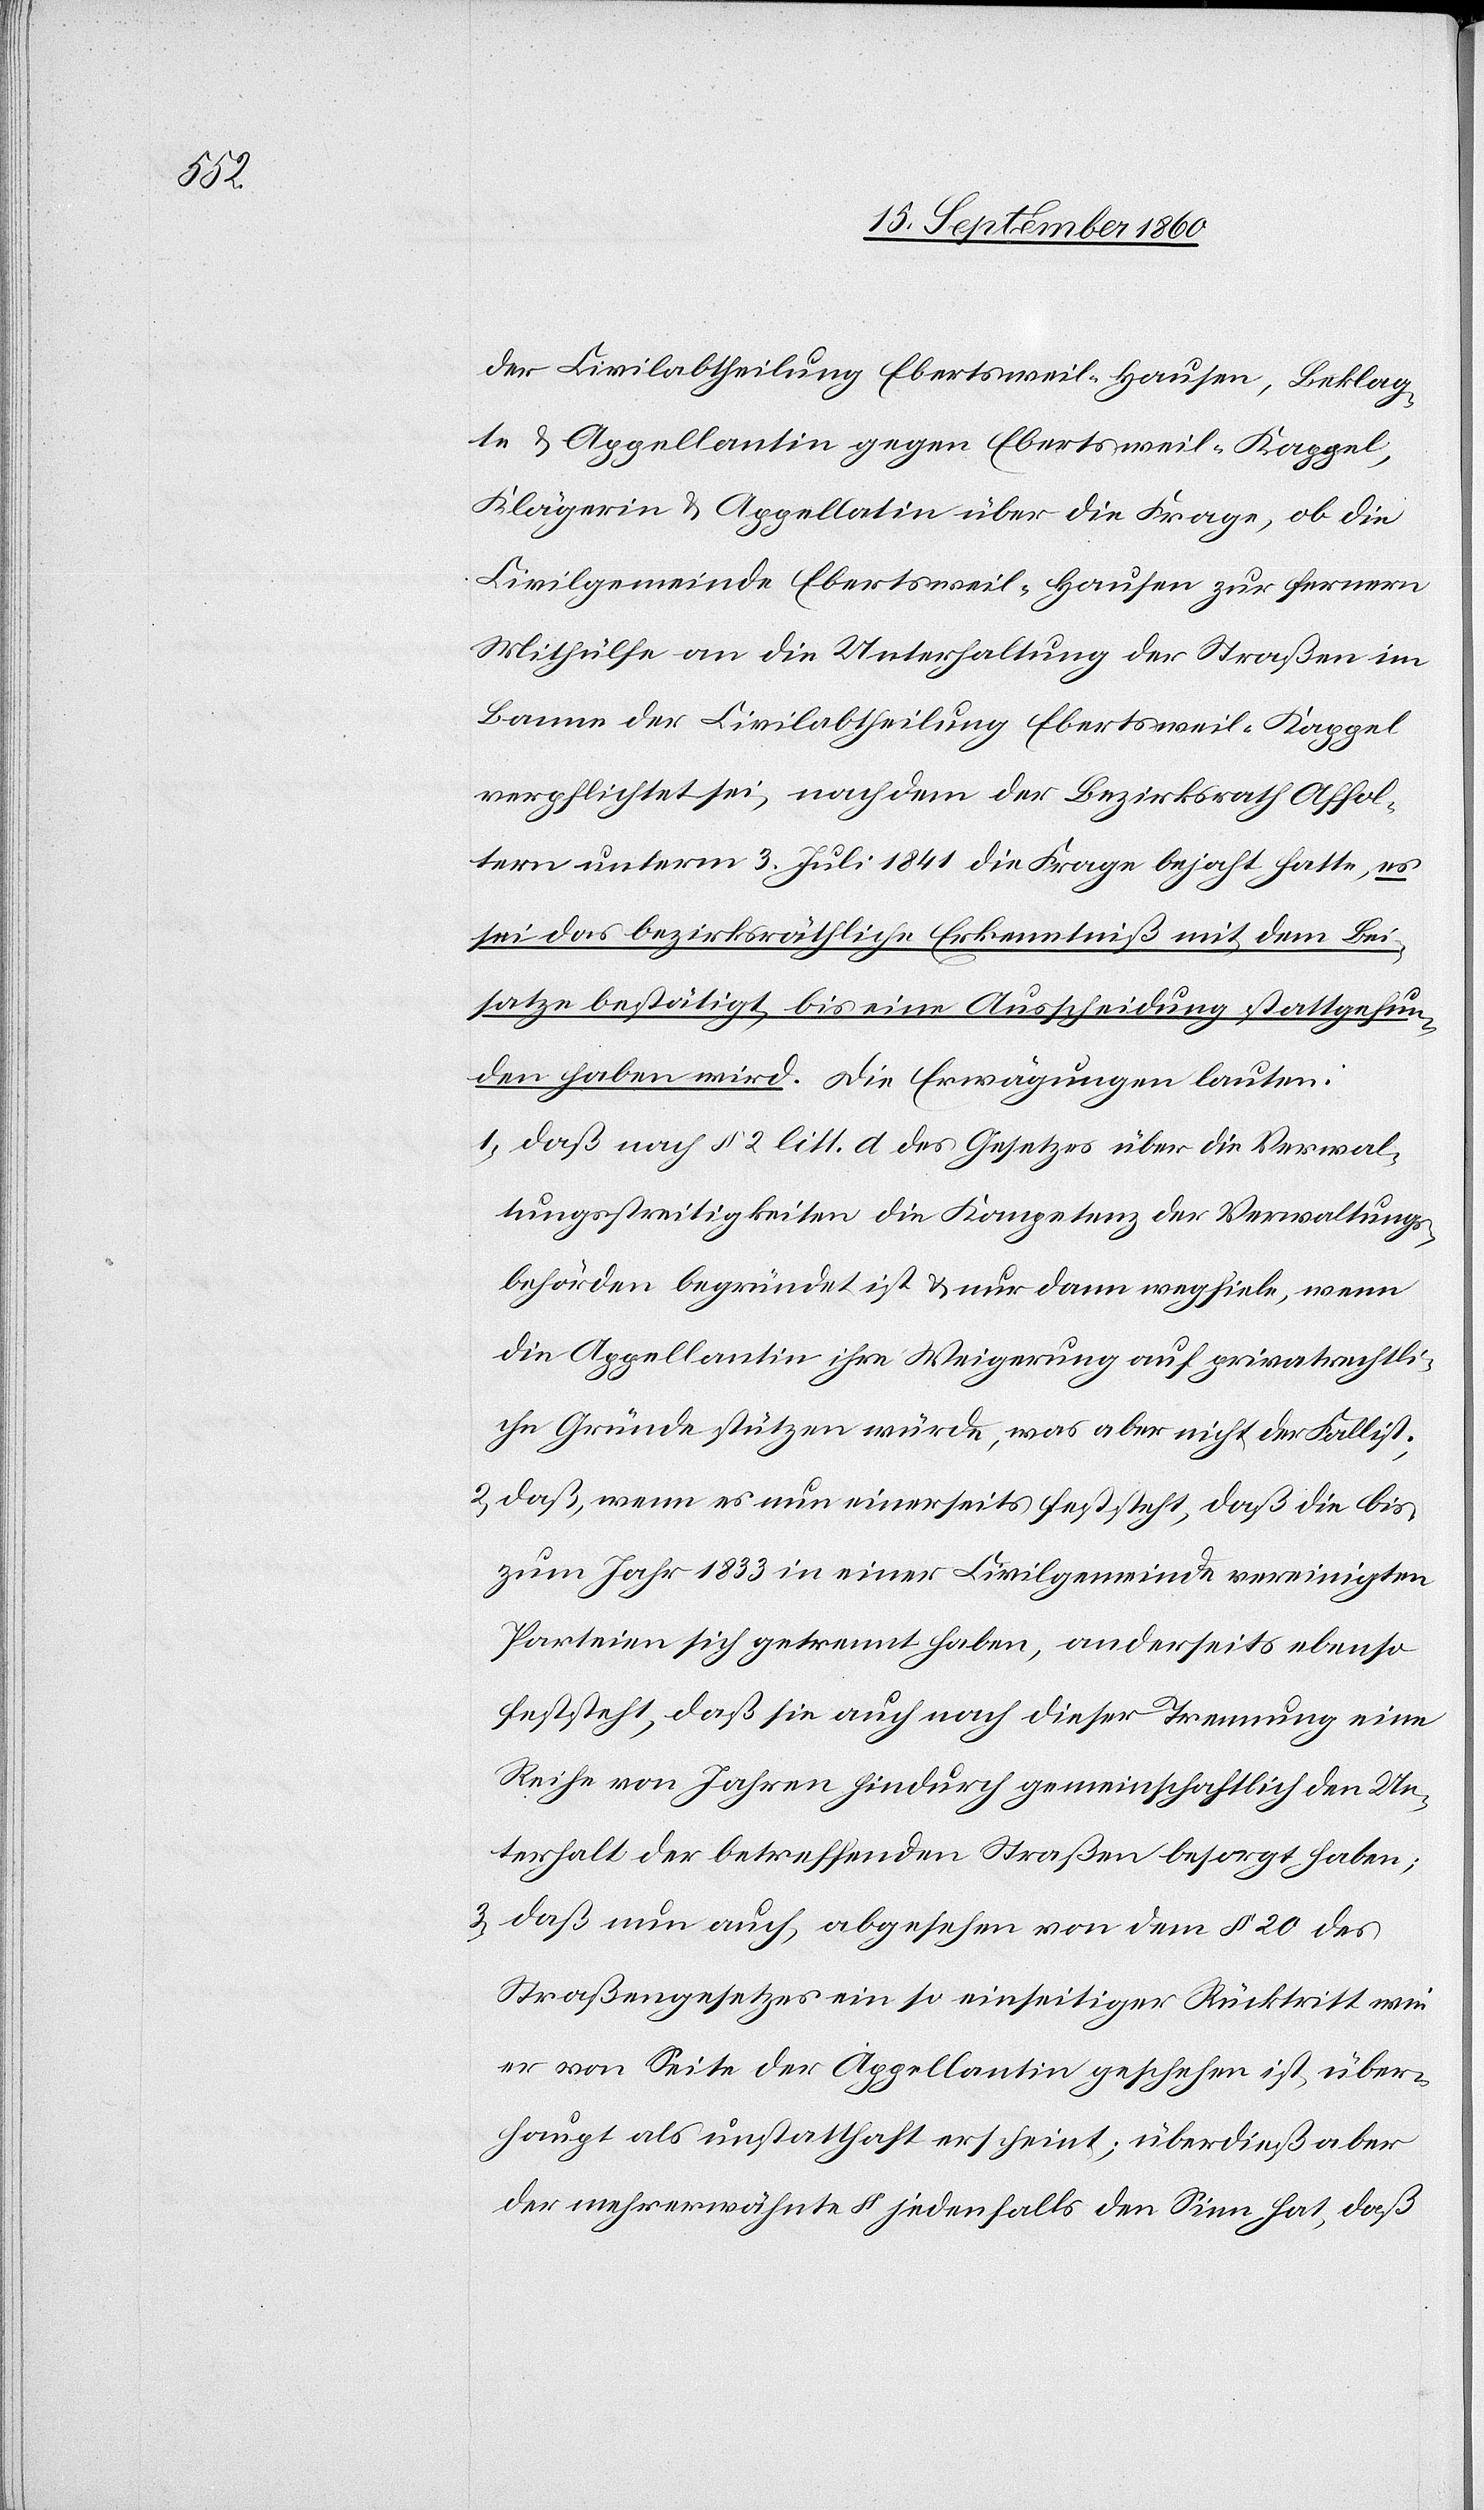
der Civilabtheilung Ebertsweil-Hausen, Beklag¬
te u. Appellantin gegen Ebertsweil-Kappel,
Klägerin u. Appellatin über die Frage, ob die
Civilgemeinde Ebertsweil-Hausen zur fernern
Mithülfe an die Unterhaltung der Straßen im
Banne der Civilabtheilung Ebertsweil-Kappel
verpflichtet sei, nachdem der Bezirksrath Affol¬
tern unterm 3. Juli 1841 die Frage bejaht hatte, es
sei das bezirksräthliche Erkenntniß mit dem Bei¬
satze bestätigt, bis eine Ausscheidung stattgefun¬
den haben wird. Die Erwägungen lauten:
1. daß nach § 2 litt. d des Gesetzes über die Verwal¬
tungsstreitigkeiten die Kompetenz der Verwaltungs¬
behörden begründet ist u. nur dann wegfiele, wenn
die Appellantin ihre Weigerung auf privatrechtli¬
che Gründe stützen würde, was aber nicht der Fall ist;
2. daß, wenn es nun einerseits feststeht, daß die bis
zum Jahr 1833 in einer Civilgemeinde vereinigten
Parteien sich getrennt haben, anderseits ebenso
feststeht, daß sie auch nach dieser Trennung eine
Reihe von Jahren hindurch gemeinschaftlich den Un¬
terhalt der betreffenden Straßen besorgt haben;
3. daß nun auch, abgesehen von dem § 20 des
Straßengesetzes ein so einseitiger Rücktritt wie
er von Seite der Appellantin geschehen ist, über¬
haupt als unstatthaft erscheint; überdieß aber
der mehrerwähnte § jedenfalls den Sinn hat, daß